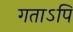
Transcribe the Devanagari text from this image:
गताऽपि